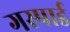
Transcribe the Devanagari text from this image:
गस्पार्ड